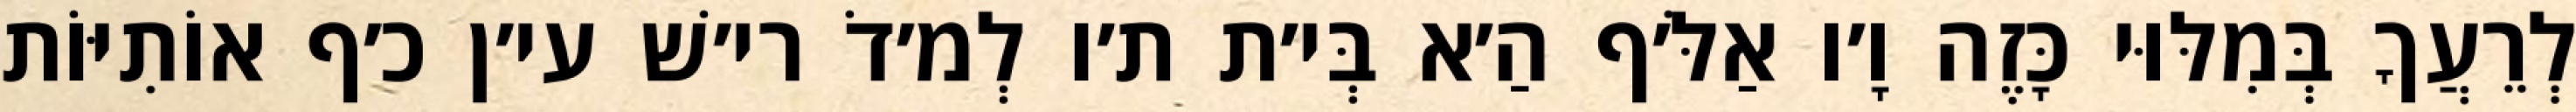
לְרֵעֲךָ בְּמִלּוּי כָּזֶה וָ׳ו אַלֹּ׳ף הַ׳א בְּי׳ת ת׳ו לְמ׳דֹ רי׳שׁ עי׳ן כ׳ף אוֹתִיּוֹת